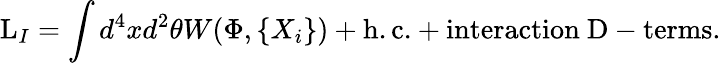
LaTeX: \mathrm{L}_{I}=\int d^{4}xd^{2}\theta W(\Phi,\{ X_{i}\} )+\mathrm{h.c.}+\mathrm{interaction\ D-terms}.